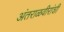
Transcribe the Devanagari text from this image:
अंतराळवीरांशी